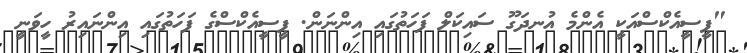
"ޕީސީއެކްސްއަކީ އެންމެ އުނދަގޫ ސައިކަލް ފަހަތުގައި އިންނަން. ޕީސީއެކްސްގެ ފަހަތުގައި އިންނައިރު ހީވަނީ